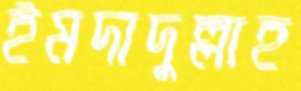
ইমদাদুল্লাহ